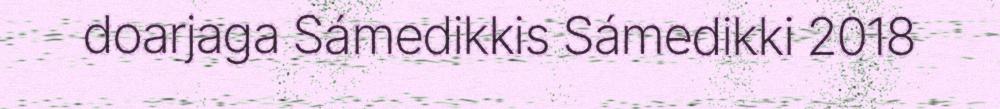
doarjaga Sámedikkis Sámedikki 2018